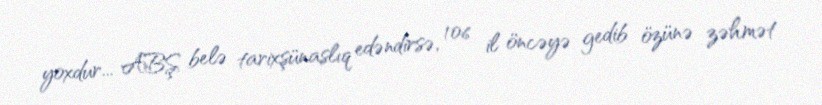
yoxdur... ABŞ belə tarixşünaslıq edəndirsə, 106 il öncəyə gedib özünə zəhmət